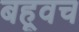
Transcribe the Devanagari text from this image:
बह्वृच